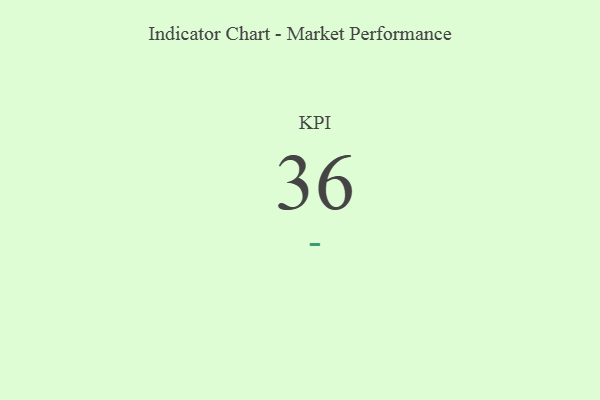
{"axis": {"x": "KPI", "y": "Value"}, "legend": [""], "data": [{"x": "KPI", "y": 36, "type": ""}]}